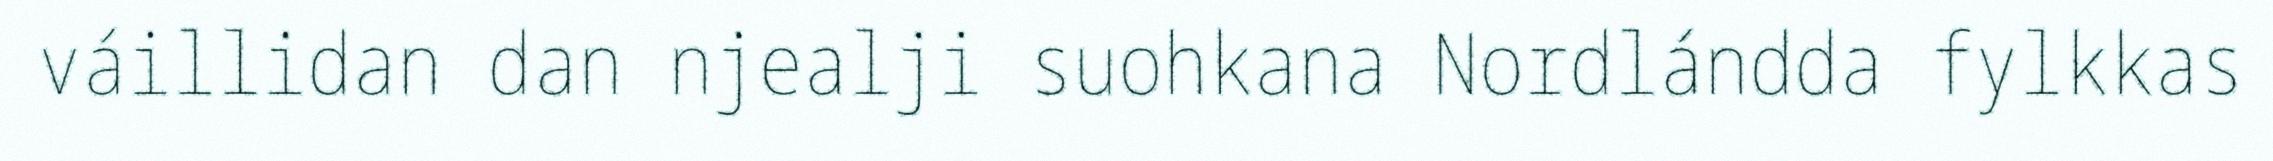
váillidan dan njealji suohkana Nordlándda fylkkas